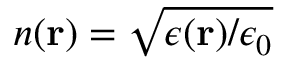
n ( { \bf r } ) = \sqrt { \epsilon ( { \bf r } ) / \epsilon _ { 0 } }